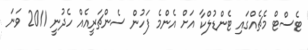
ޓެސްޓް މެޗެއްގައި ޓެންޑުލްކާ އަށް އެންމެ ފަހުން ސެންޗަރީއެއް ހެދުނީ 2011 ވަނަ